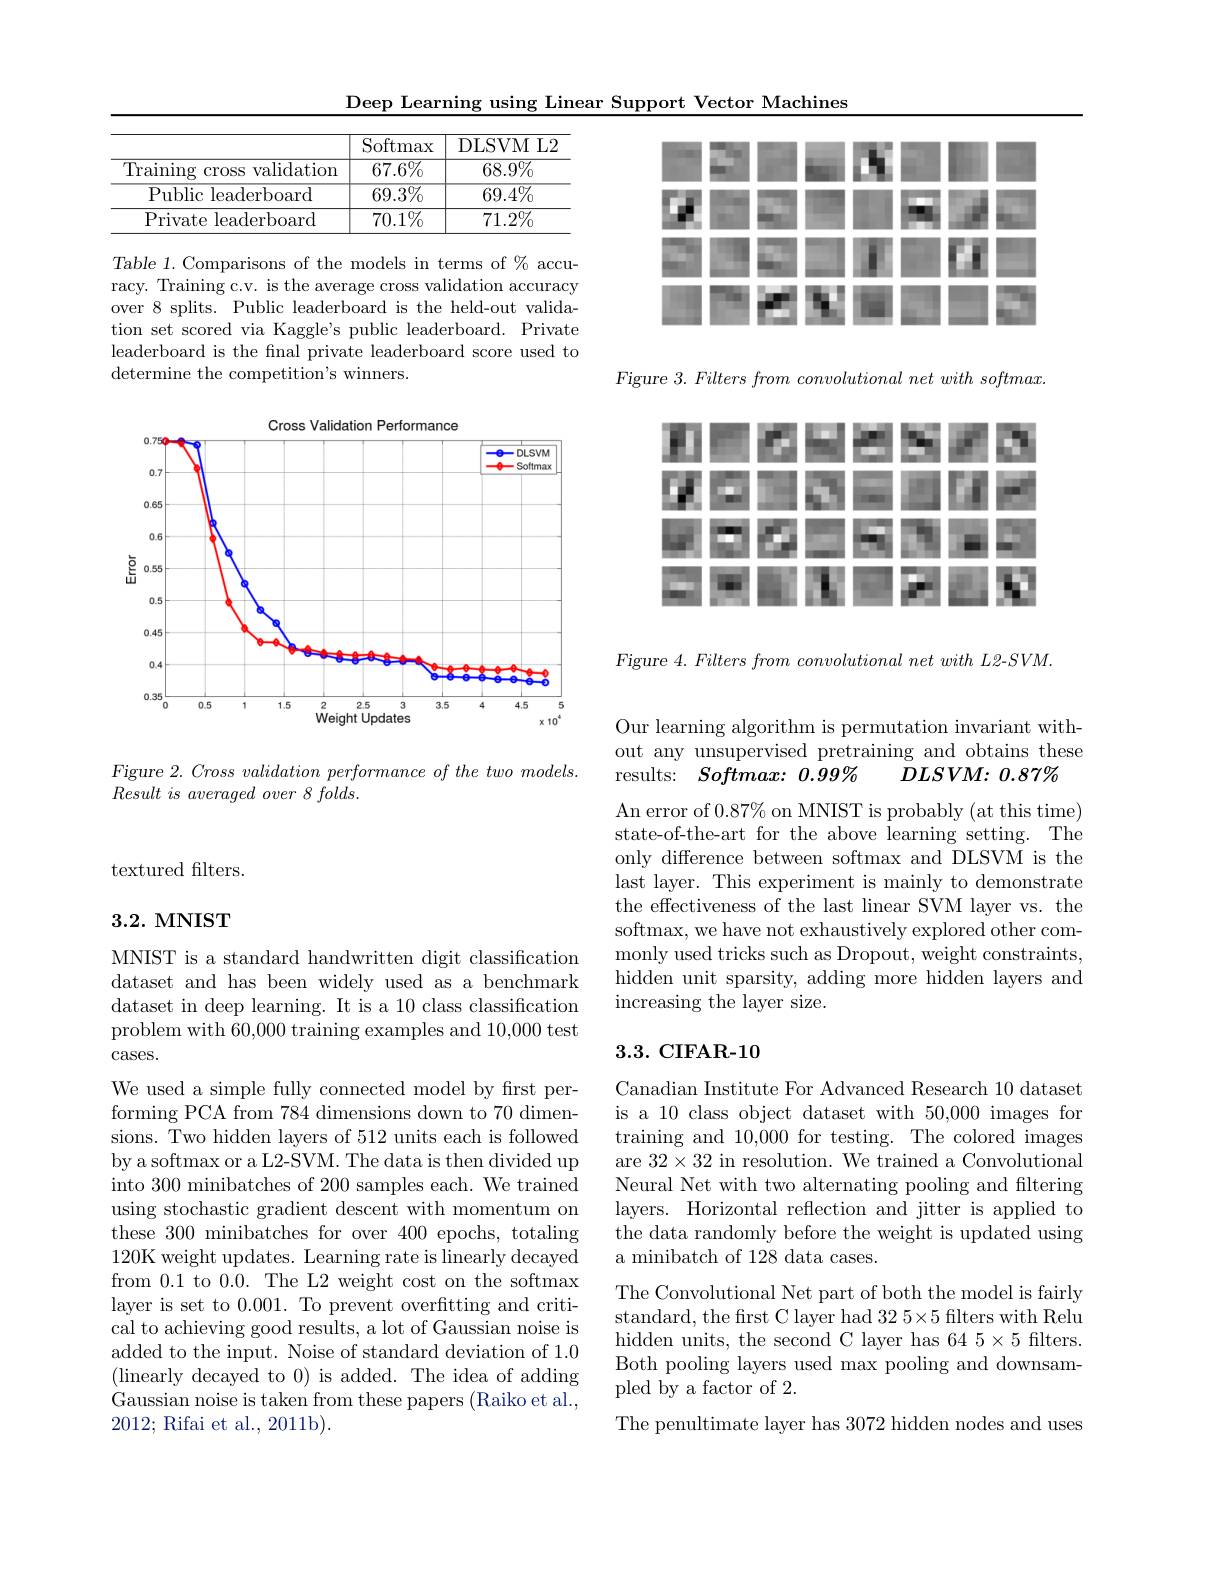
Deep Learning using Linear Support Vector Machines

T

<table>
	<tbody>
		<tr>
			<th> </th>
			<th>$\operatorname{Softmax}$</th>
			<th>DLSVM L2</th>
		</tr>
		<tr>
			<td>Training cross v validation</td>
			<td>$67.6\%$</td>
			<td>$68.9\%$</td>
		</tr>
		<tr>
			<td>Public leaderboard</td>
			<td>$69.3\%$</td>
			<td>$69.4\%$</td>
		</tr>
		<tr>
			<td>Private leaderboard</td>
			<td>$70.1\%$</td>
			<td>$71.2\%$</td>
		</tr>
	</tbody>
</table>

Table 1. Comparisons of the models in terms of $\%$ accuracy. Training c.v. is the average cross validation accuracy over 8 splits. Public leaderboard is the held-out validation set scored via Kaggle's public leaderboard. Private leaderboard is the fnal private leaderboard score used to determine the competition's winners.

Cross Validation Performance
<FigureHere>

Figure 2. Cross validation performance of the two models.
$Result\textit{ is averaged over 8 folds. }$

$F$igure 3. Filters from convolutional net with softmax.

71
T
1

Figure 4. Filters from convolutional net with L2-SVM.

textured filters.

## 3.2. MNIST

MNIST is a standard handwritten digit classification dataset and has been widely used as a benchmark dataset in deep learning. It is a 10 class classification problem with 60,000 training examples and 10,000 test $\operatorname{cases.}$

We used a simple fully connected model by first performing PCA from 784 dimensions down to 70 dimensions. Two hidden layers of 512 units each is followed by a softmax or a L2-SVM. The data is then divided up into 300 minibatches of 200 samples each. We trained using stochastic gradient descent with momentum on these 300 minibatches for over 400 epochs, totaling 120K weight updates. Learning rate is linearly decayed from 0.1 to 0.0.0. The L2 weight cost on the softmax layer is set to 0.001. To prevent overfitting and critical to achieving good results, a lot of Gaussian noise is added to the input. Noise of standard deviation of 1.0 (linearly decayed to 0) is added. The idea of adding Gaussian noise is taken from these papers (Raiko et al., 2012; Rifai et al., 2011b).

Our learning algorithm is permutation invariant without any unsupervised pretraining and obtains these results: $Softmax:0.99\%$
$DLSVM{: }$ $0. 87\%$

An error of $0.87\%$ on MNIST is probably (at this time) state-of-the-art for the above learning setting. The only difference between softmax and DLSVM is the last layer. This experiment is mainly to demonstrate the effectiveness of the last linear SVM layer vs. the softmax, we have not exhaustively explored other commonly used tricks such as Dropout, weight constraints. hidden unit sparsity, adding more hidden layers and increasing the layer size.

## 3.3. CIFAR-10

Canadian Institute For Advanced Research 10 dataset is a 10 class object dataset with 50,000 images for training and 10,000 for testing. The colored images are $32\times32$ in resolution. We trained a Convolutional Neural Net with two alternating pooling and filtering layers. Horizontal reflection and jitter is applied to the data randomly before the weight is updated using a minibatch of 128 data cases.
The Convolutional Net part of both the model is fairly standard, the first C layer had $325\times5$ filters with Relu hidden units, the second C layer has 64 5×5 filters. Both pooling layers used max pooling and downsampled by a factor of 2.
The penultimate layer has 3072 hidden nodes and uses